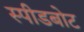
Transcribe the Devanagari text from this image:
स्‍पीडबोट